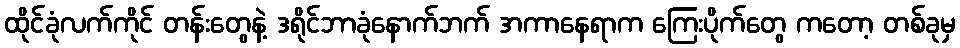
ထိုင်ခုံလက်ကိုင် တန်းတွေနဲ့ ဒရိုင်ဘာခုံနောက်ဘက် အကာနေရာက ကြေးပိုက်တွေ ကတော့ တစ်ခုမှ